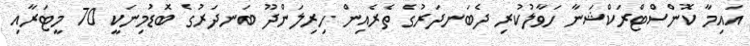
އައިމާ ކޮންސްޓްރަކްޝަނާ ހަވާލުކުރި ދެބަނދަރުގެ ތެރެއިން ހިރިލަންދޫ ބަނދަރުގެ ބޮޑުމިނަކީ 70 މީޓަރާއި